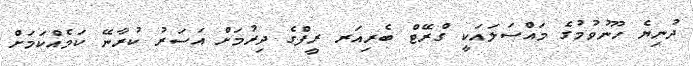
ދުނިޔެ ހޫނުވުމުގެ މައްސަލައަކީ ގްރޭޓް ބެރިއަރ ރީފްގެ ދިރުމަށް އަސަރު ކުރާނޭ ކަމެއްކަމަށް